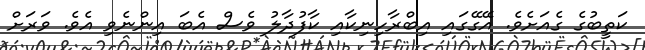
ކަތީބުގެ ގެއަށެވެ. އޭގޭގައި އިބްރާހިނިކާއި ކާފުދާލު ވެސް އެބަ އިންނެވި އެވެ. ވަރަށް